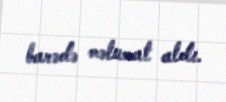
barədə məlumat aldı.